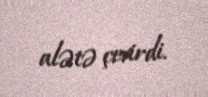
alətə çevirdi.